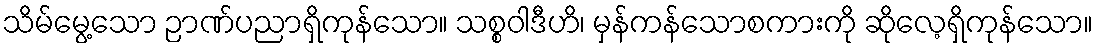
သိမ်မွေ့သော ဉာဏ်ပညာရှိကုန်သော။ သစ္စဝါဒီဟိ၊ မှန်ကန်သောစကားကို ဆိုလေ့ရှိကုန်သော။